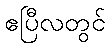
ဧပြီလတွင်